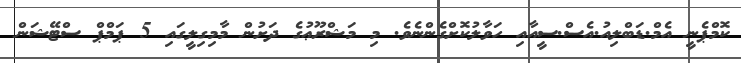
ކޮމްޕެނީ އެމް.ޑަބްލިއު.އެސް.ސީއާއި ހަވާލުކޮށްގެންނެވެ. މި މަޝްރޫޢުުގެ ދަށުން މާމިގިލީގައި 5 ޕަމްޕް ސްޓޭޝަން